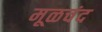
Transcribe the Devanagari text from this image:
मूळचंद